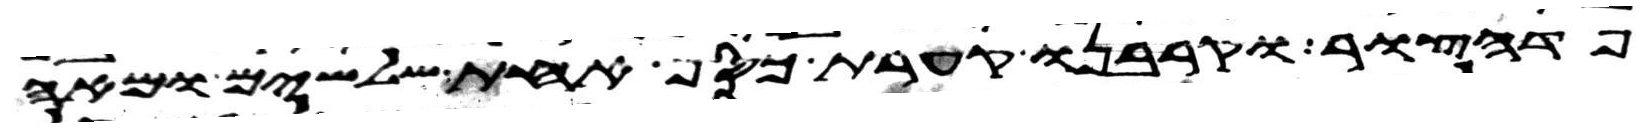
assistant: פדהצור וקרבנו קערת כסף אחת שלשים ומאה